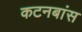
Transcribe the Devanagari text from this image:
कटनबांस